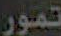
تمور